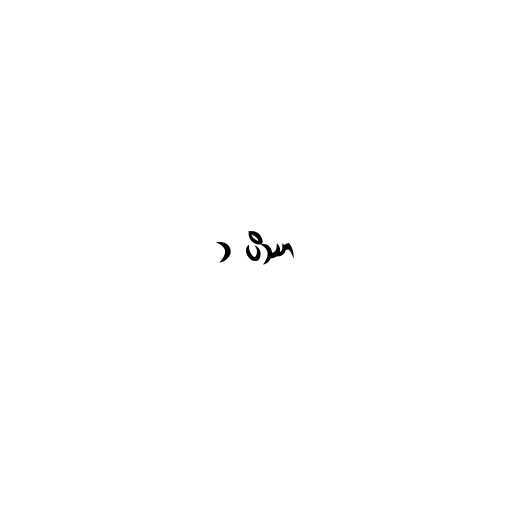
၁ ပိဿာ